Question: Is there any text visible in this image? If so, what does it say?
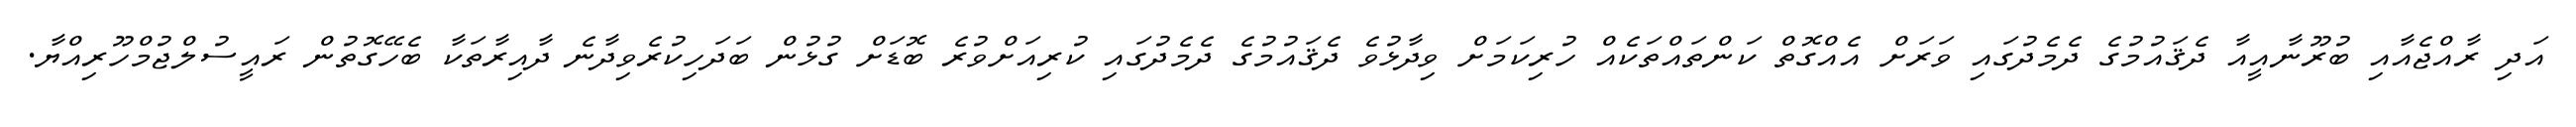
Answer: އަދި ރާއްޖެއާއި ބުރޫނާއީއާ ދެޤައުމުގެ ދެމެދުގައި ވަރަށް އެއްގޮތް ކަންތައްތަކެއް ހުރިކަމަށް ވިދާޅުވެ ދެޤައުމުގެ ދެމެދުގައި ކުރިއަށްވުރެ ބޮޑަށް ގުޅުން ބަދަހިކުރެވިދާނެ ދާއިރާތަކާ ބެހޭގޮތުން ރައީސުލްޖުމްހޫރިއްޔާ.